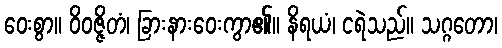
ဝေးစွာ။ ဝိဝဇ္ဇိတံ၊ ခြားနားဝေးကွာ၏။ နိရယံ၊ ငရဲသည်။ သဂ္ဂတော၊